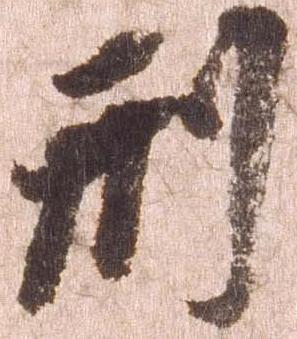
刑